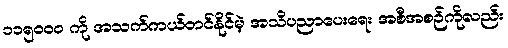
၁၁၅၀၀၀ ကို အသက်ကယ်တင်နိုင်မဲ့ အသိပညာပေးရေး အစီအစဉ်ကိုလည်း